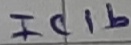
Text: IC1b